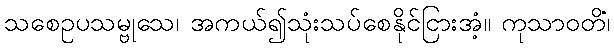
သစေဥပသမ္ဗုသေ၊ အကယ်၍သုံးသပ်စေနိုင်ငြားအံ့။ ကုသာဝတိံ၊